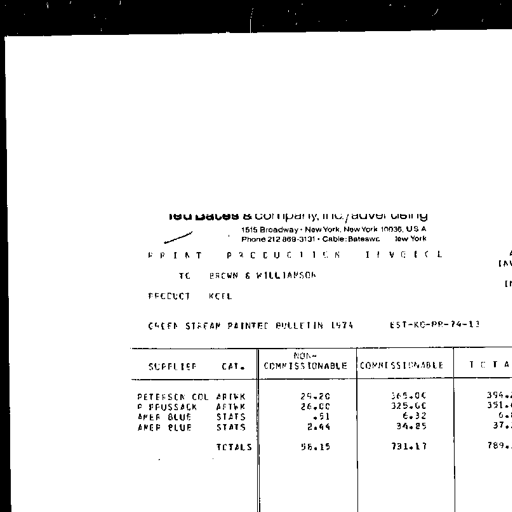
Ted Bates & Company, Inc./Advertising
1515 Broadway - New York, New York 10036, U.S.A.
Phone 212 869-3131 - Cable: Bateswc New York

PRINT PRODUCTION INVOICE

TO BROWN & WILLIAMSON

PRODUCT KOOL

ORDER STREAM PAINTED BULLETIN 1974 EST-KO-PB-74-13

SUPPLIER CAT. NON-COMMISSIONABLE COMMISSIONABLE TOTAL

PETERSON COL ARTWK 29.20 365.00 394.20
P PRUSSACK ARTWK 26.00 325.00 351.00
AMER BLUE STATS .51 6.32 6.83
AMER BLUE STATS 2.44 34.85 37.29
TOTALS 58.15 731.17 789.32